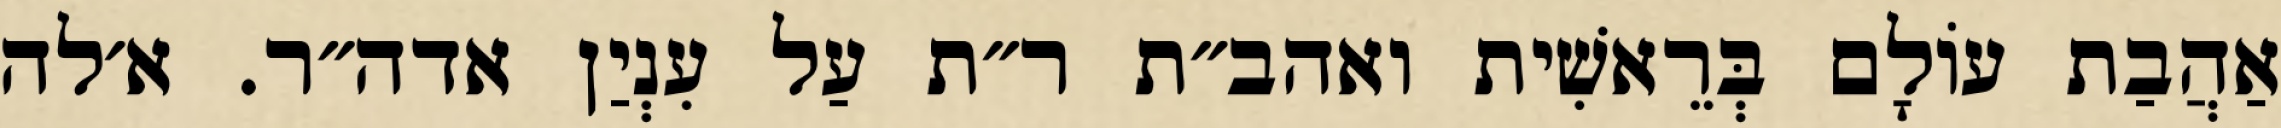
אַהֲבַת עוֹלָם בְּרֵאשִׁית ואהב״ת ר״ת עַל עִנְיַן אדה״ר. א׳לה